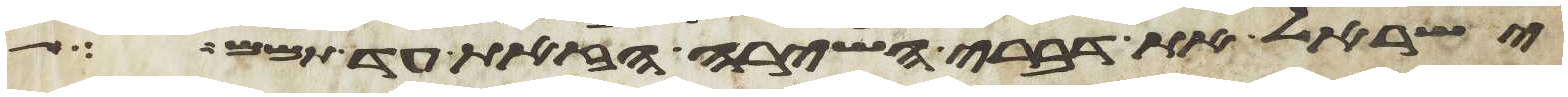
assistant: ישראל את דברי השירה הזאת עד תמם